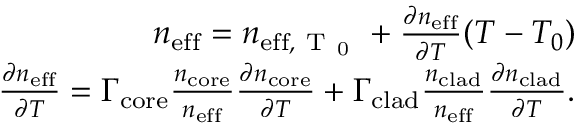
\begin{array} { r } { n _ { \mathrm { e f f } } = n _ { \mathrm { e f f , ~ T ~ _ 0 ~ } } + \frac { \partial n _ { \mathrm { e f f } } } { \partial T } ( T - T _ { 0 } ) } \\ { \frac { \partial n _ { \mathrm { e f f } } } { \partial T } = \Gamma _ { \mathrm { c o r e } } \frac { n _ { \mathrm { c o r e } } } { n _ { \mathrm { e f f } } } \frac { \partial n _ { \mathrm { c o r e } } } { \partial T } + \Gamma _ { \mathrm { c l a d } } \frac { n _ { \mathrm { c l a d } } } { n _ { \mathrm { e f f } } } \frac { \partial n _ { \mathrm { c l a d } } } { \partial T } . } \end{array}